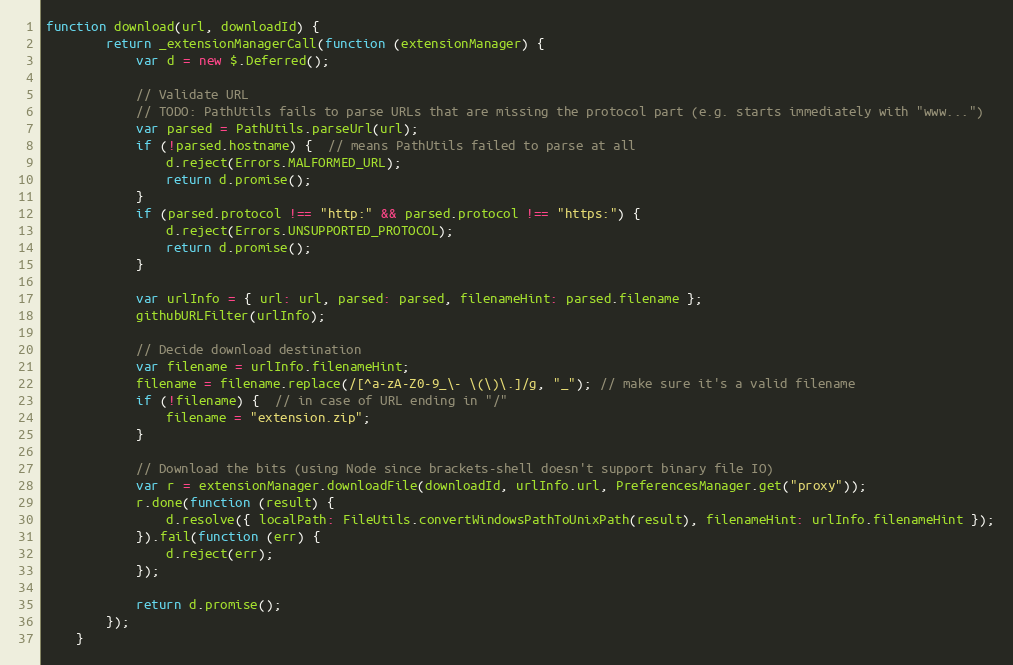
Language: JavaScript
function download(url, downloadId) {
        return _extensionManagerCall(function (extensionManager) {
            var d = new $.Deferred();

            // Validate URL
            // TODO: PathUtils fails to parse URLs that are missing the protocol part (e.g. starts immediately with "www...")
            var parsed = PathUtils.parseUrl(url);
            if (!parsed.hostname) {  // means PathUtils failed to parse at all
                d.reject(Errors.MALFORMED_URL);
                return d.promise();
            }
            if (parsed.protocol !== "http:" && parsed.protocol !== "https:") {
                d.reject(Errors.UNSUPPORTED_PROTOCOL);
                return d.promise();
            }

            var urlInfo = { url: url, parsed: parsed, filenameHint: parsed.filename };
            githubURLFilter(urlInfo);

            // Decide download destination
            var filename = urlInfo.filenameHint;
            filename = filename.replace(/[^a-zA-Z0-9_\- \(\)\.]/g, "_"); // make sure it's a valid filename
            if (!filename) {  // in case of URL ending in "/"
                filename = "extension.zip";
            }

            // Download the bits (using Node since brackets-shell doesn't support binary file IO)
            var r = extensionManager.downloadFile(downloadId, urlInfo.url, PreferencesManager.get("proxy"));
            r.done(function (result) {
                d.resolve({ localPath: FileUtils.convertWindowsPathToUnixPath(result), filenameHint: urlInfo.filenameHint });
            }).fail(function (err) {
                d.reject(err);
            });

            return d.promise();
        });
    }